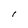
Character: l